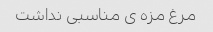
مرغ مزه ى مناسبى نداشت